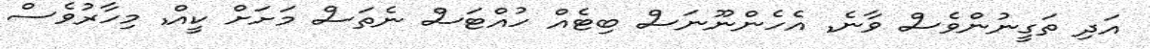
އަދި ތަގީނުންވެސް ވާނެ